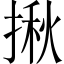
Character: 揪